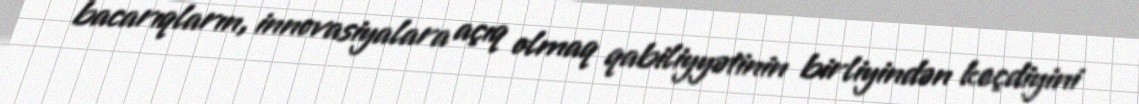
bacarıqların, innovasiyalara açıq olmaq qabiliyyətinin birliyindən keçdiyini